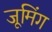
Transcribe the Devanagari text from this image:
जूमिंग